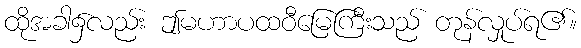
ထိုအခါ၌လည်း ဤမဟာပထဝီမြေကြီးသည် တုန်လှုပ်ရ၏။